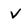
Character: v